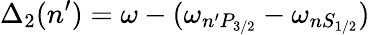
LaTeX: \Delta_{2}(n^{\prime})=\omega-(\omega_{n^{\prime}P_{3/2}}-\omega_{nS_{1/2}})